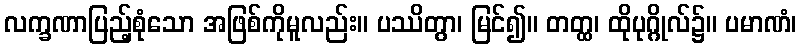
လက္ခဏာပြည့်စုံသော အဖြစ်ကိုမူလည်း။ ပဿိတွာ၊ မြင်၍။ တတ္ထ၊ ထိုပုဂ္ဂိုလ်၌။ ပမာဏံ၊